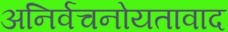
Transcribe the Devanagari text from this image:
अनिर्वचनोयतावाद